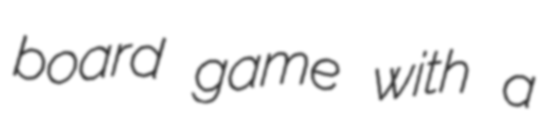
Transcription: board game with a